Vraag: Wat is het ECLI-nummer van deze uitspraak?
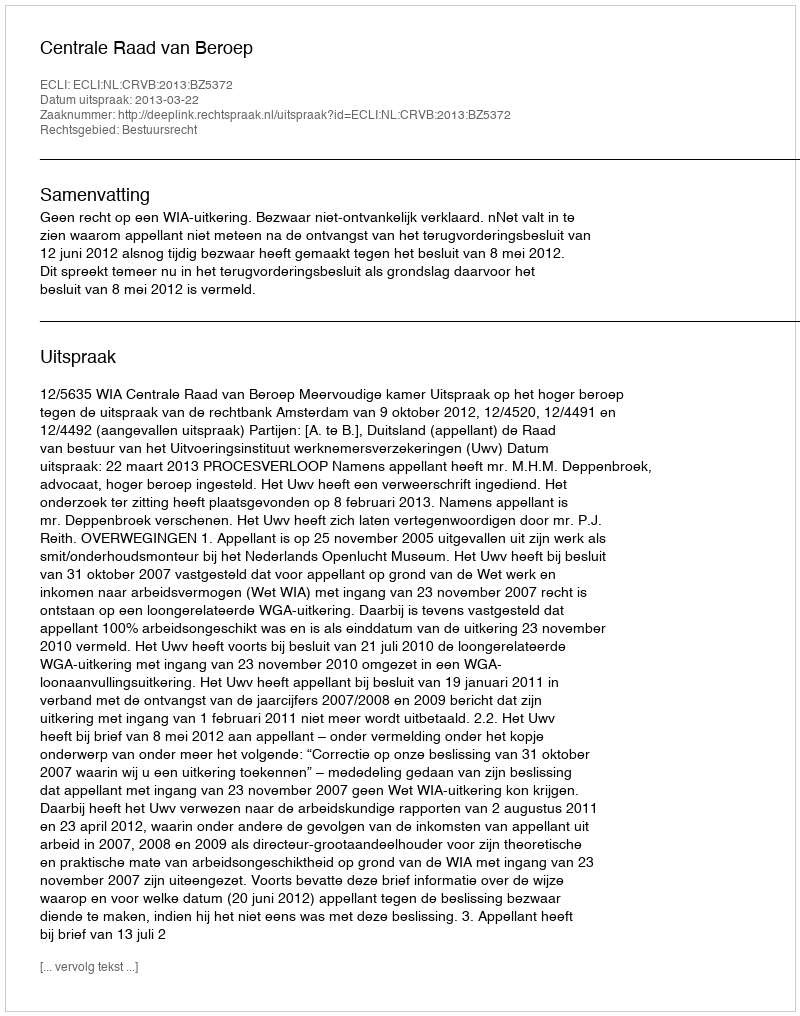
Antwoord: ECLI:NL:CRVB:2013:BZ5372